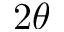
2 \theta